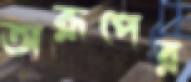
অরূপের